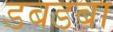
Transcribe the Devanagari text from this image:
डबडबा